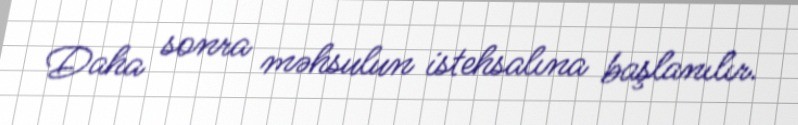
Daha sonra məhsulun istehsalına başlanılır.